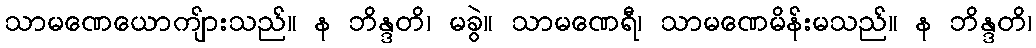
သာမဏေယောကျ်ားသည်။ န ဘိန္ဒတိ၊ မခွဲ။ သာမဏေရီ၊ သာမဏေမိန်းမသည်။ န ဘိန္ဒတိ၊